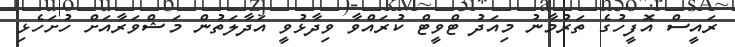
ރައީސް އޮފީހުގެ ތަރުމާނު މިއަދު ޓްވީޓް ކުރައްވާ ވިދާޅުވީ އަދާލަތުން މަޝްވަރާއަށް ހުށަހެޅި